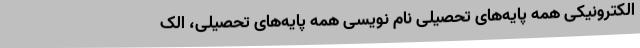
الکترونیکی همه پایه‌های تحصیلی نام نویسی همه پایه‌های تحصیلی، الک